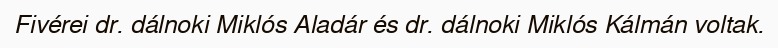
Fivérei dr. dálnoki Miklós Aladár és dr. dálnoki Miklós Kálmán voltak.